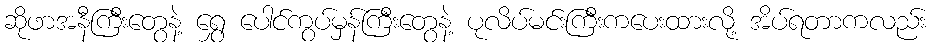
ဆိုဖာအနီကြီးတွေနဲ့ ရွှေ ပေါင်ကွပ်မှန်ကြီးတွေနဲ့ ပုလိပ်မင်းကြီးကပေးထားလို့ အိပ်ရတာကလည်း